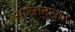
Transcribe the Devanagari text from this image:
शास्रानुसार